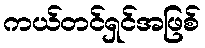
ကယ်တင်ရှင်အဖြစ်